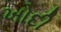
ખોદી